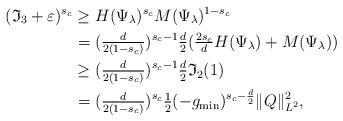
LaTeX: \begin{align*}(\mathfrak{I}_3+\varepsilon)^{s_c} \ge{}& H(\Psi_\lambda)^{s_c} M(\Psi_\lambda)^{1-s_c}\\={}& (\tfrac{d}{2(1-s_c)} )^{s_c-1} \tfrac{d}2(\tfrac{2s_c}{d} H(\Psi_\lambda) + M(\Psi_\lambda))\\\ge{}& (\tfrac{d}{2(1-s_c)} )^{s_c-1} \tfrac{d}2 \mathfrak{I}_2(1)\\={}& (\tfrac{d}{2(1-s_c)})^{s_c} \tfrac12(-g_{\min})^{s_c-\frac{d}2} \|Q\|_{L^2}^2,\end{align*}